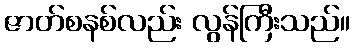
ဇာတ်စနစ်လည်း လွန်ကြီးသည်။